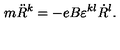
m \ddot { R } ^ { k } = - e B \varepsilon ^ { k l } \dot { R } ^ { l } .